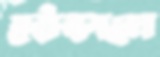
দৌড়ালে